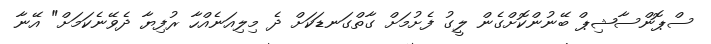
ސްޕޮންސާޝިޕް ބޭނުންކޮށްގެން ލީގު ފެށުމަށް ގާތްގަނޑަކަށް ދެ މިލިއަނެއްހާ ރުފިޔާ ދެވޭނެކަމަށް" އޭނާ